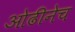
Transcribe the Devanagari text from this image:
ओढीनेच